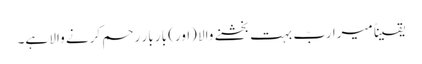
یقیناً میرا ربّ بہت بخشنے والا (اور) بار بار رحم کرنے والا ہے۔